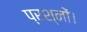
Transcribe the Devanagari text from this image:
प्रश्नों।